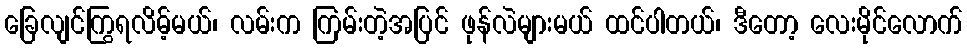
ခြေလျင်ကြွရလိမ့်မယ်၊ လမ်းက ကြမ်းတဲ့အပြင် ဖုန်လဲများမယ် ထင်ပါတယ်၊ ဒီတော့ လေးမိုင်လောက်